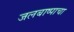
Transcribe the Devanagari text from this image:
जलबाष्पाचा